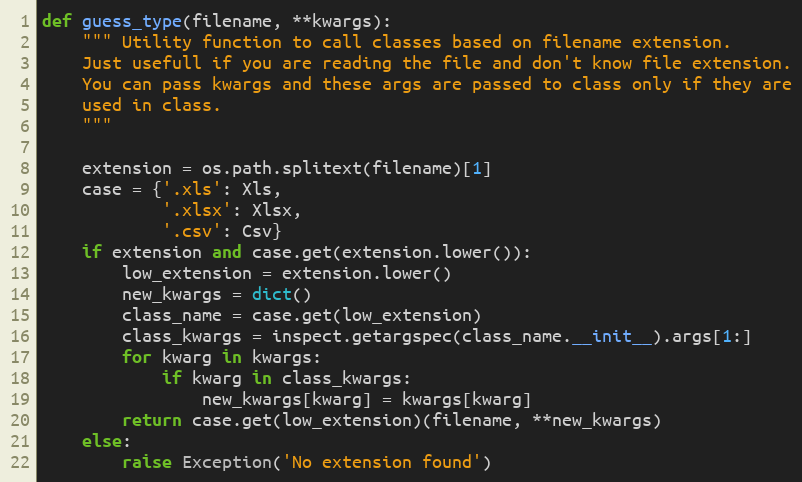
Language: Python
def guess_type(filename, **kwargs):
    """ Utility function to call classes based on filename extension.
    Just usefull if you are reading the file and don't know file extension.
    You can pass kwargs and these args are passed to class only if they are
    used in class.
    """

    extension = os.path.splitext(filename)[1]
    case = {'.xls': Xls,
            '.xlsx': Xlsx,
            '.csv': Csv}
    if extension and case.get(extension.lower()):
        low_extension = extension.lower()
        new_kwargs = dict()
        class_name = case.get(low_extension)
        class_kwargs = inspect.getargspec(class_name.__init__).args[1:]
        for kwarg in kwargs:
            if kwarg in class_kwargs:
                new_kwargs[kwarg] = kwargs[kwarg]
        return case.get(low_extension)(filename, **new_kwargs)
    else:
        raise Exception('No extension found')